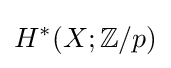
H^{*}(X;\mathbb {Z} /p)